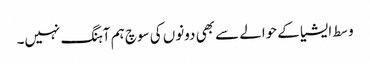
وسط ایشیا کے حوالے سے بھی دونوں کی سوچ ہم آہنگ نہیں۔